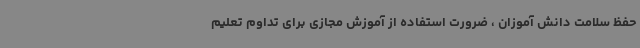
حفظ سلامت دانش آموزان ، ضرورت استفاده از آموزش مجازی برای تداوم تعلیم